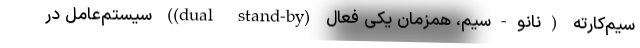
سیم‌کارته (نانو-سیم، همزمان یکی فعال (dual stand-by)) سیستم‌عامل در